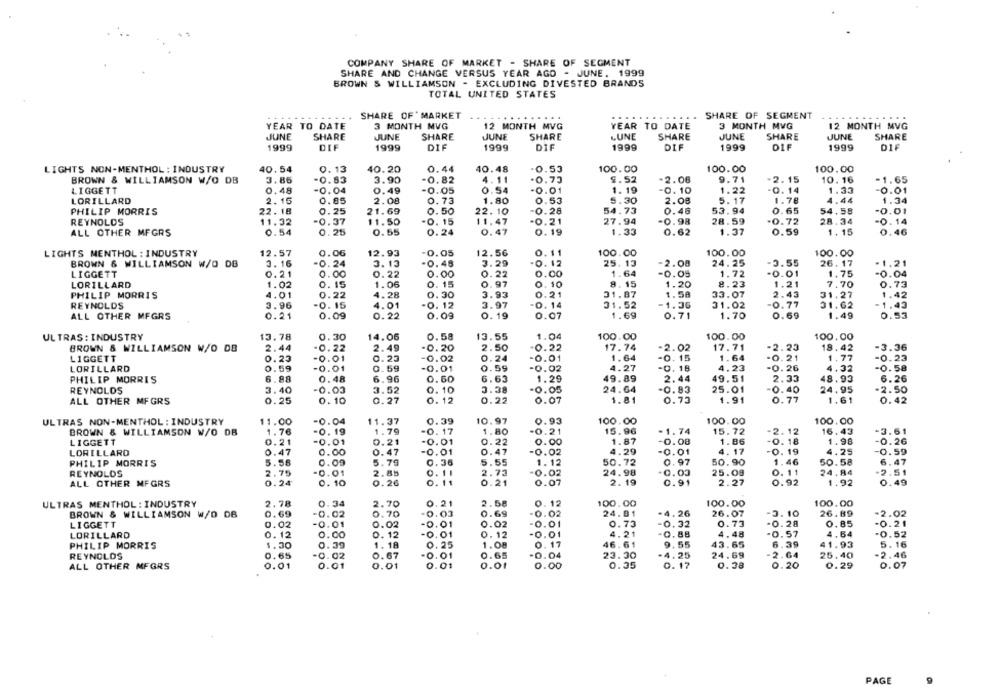
COMPANY SHARE OF MARKET - SHARE OF SEGMENT
SHARE AND CHANGE VERSUS YEAR AGO - JUNE, 1999
BROWN & WILLIAMSON - EXCLUDING DIVESTED BRANDS
TOTAL UNITED STATES
SHARE OF' MARKET
...
...
SHARE OF SEGMENT
YEAR TO DATE
3 MONTH MVG
YEAR TO DATE
3 MONTH MVG
12 MONTH MVG
12 MONTH MVG
JUNE
SHARE
JUNE
SHARE
JUNE
SHARE
LUNE
SHARE
JUNE
SHARE
JUNE
SHARE
1999
DIF
1999
DIF
1999
DIE
1999
DIF
1999
DIF
1999
DIF
LIGHTS NON-MENTHOL : INDUSTRY
40.54
0.13
40.20
0.44
40.48
0.53
100.00
100.00
100.00
BROWN & WILLIAMSON W/O DB
3.86
-0.83
3.90
-0.82
4.11
0.73
9.52
-2.06
9.71
-2.15
10. 16
1.65
LIGGETT
0.48
-0.04
0.49
-0.05
0.54
-0.01
1. 19
-0.10
1.22
-0. 14
1.33
0.01
LORILLARD
2.15
0.85
2.08
0.73
1.80
0.53
5.30
2.00
5.17
1.78
4.44
34
PHILIP MORRIS
22. 18
0.25
21.69
0.50
22. 10
-0.28
54.73
0.46
53.94
0.65
54.58
0
REYNOLDS
11.32
0.37
11.50
.0. 15
11.47
0.21
27.94
0.98
28.59
-0.72
28.34
0. 14
ALL OTHER MFGRS
0.54
0.25
0.55
0. 24
0.47
0.19
1.33
0.62
1.37
0.59
1. 15
0.46
LIGHTS MENTHOL : INDUSTRY
12.57
0.06
12.93
-0.05
12.56
0.
11
100.00
100.00
100.00
BROWN & WILLIAMSON W/O DB
3. 16
-0. 24
3. 13
-0. 48
3.29
25.13
-2.08
24.25
-3.55
26.17
.1.21
LIGGETT
0.21
0.00
0.22
0.00
0.22
O.
00
1.64
-0.05
1.72
-0.01
1.75
0.04
LORILLARD
1.02
0. 15
1.06
0. 15
0.97
0. 10
8.15
1.20
8.23
1.21
7.70
0.73
PHILIP MORRIS
4.01
0.22
4.28
0.30
3.93
0.21
31.87
1.58
33.07
2.43
31.27
1.42
REYNOLDS
3.96
-0. 15
4.01
.0. 12
3.97
0. 14
31.52
-1.3G
31.02
-0.77
31.62
1.43
PMON
ALL OTHER MFGRS
0.21
0.09
0.22
0.09
0. 19
COMMO
0.07
1.69
0.71
1.70
0.69
1.49
0.53
ULTRAS : INDUSTRY
13.78
0.30
14.06
0.58
13.55
1.04
100.00
100.00
100,00
0.22
-2.02
-2.23
BROWN & WILLIAMSON W/O DB
2.44
-0.22
2.49
-0.20
2.50
17.74
17.71
18.42
-3.36
LIGGETT
0.23
-0.01
0.23
-0.02
0.24
-0.01
1.64
-0. 15
1.64
-0.21
1.77
-0.23
LORILLARD
0.59
-0.01
0.59
-0.01
0.59
-0.02
4.27
4.23
-0.58
-0. 18
-0.26
4.32
PHILIP MORRIS
6.88
0.48
6.96
0.60
6.63
1.29
49.89
2.44
49.51
2.33
48.93
6.26
REYNOLDS
3.40
-0.03
3.52
0. 10
0.05
24.64
-0.83
25.01
-0.40
24.95
2.50
ALL OTHER MFGRS
0.25
0.10
0.27
0.12
0.22
0.07
1.81
0.73
1.91
0.77
1.61
0.42
ULTRAS NON-MENTHOL : INDUSTRY
11.00
-0.04
11.37
0.39
10.97
0.93
100.00
100.00
100.00
BROWN & WILLIAMSON W/O DB
1.76
-0. 19
1.79
-0. 17
1.80
0.21
15.96
-1.74
15.72
-2.12
16.43
-3.61
LIGGETT
0.21
-0.01
0.21
-0.01
0.22
0.00
1.87
-0.08
1. 86
-0. 18
1.98
-0.26
0.47
0.59
LORILLARD
0.47
0.00
0.47
-0.01
0.02
4.29
-0.01
4.17
-0. 19
4.25
PHILIP MORRIS
5.58
0.09
5.79
0.36
5.55
1.12
50.72
0.97
50.90
1.46
50.58
6.47
2.51
REYNOLDS
2.75
-0.01
2.85
0.11
2.73
0.02
24.98
0.03
25.08
0.11
24.84
ALL OTHER MFGRS
0.24
DOBNO
0.10
0.26
0.11
0.21
OOONO
0.07
2. 19
0.91
2.27
0.92
1.92
0.49
ULTRAS MENTHOL : INDUSTRY
2.78
0.34
2.70
0.21
2.58
0.12
100.00
100.00
100.00
0.69
24.81
26.07
BROWN & WILLIAMSON W/O DB
0.69
-0.02
0.70
-0.03
0.02
-4.26
-3.10
26.89
-2.02
LIGGETT
0.02
-0.01
0.02
-0.01
0.02
0.01
0.73
0.32
0.73
-0.28
0.85
-0.21
0. 12
4.21
-0.57
4,64
LORILLARD
0.00
0. 12
-0.01
0.12
0.01
0.88
4.48
-0.52
PHILIP MORRIS
1.30
0.39
1.18
0.25
1.08
0. 17
46.61
9.55
43.65
6.39
41.93
5.16
0.65
0.04
2.46
REYNOLDS
0.65
0.02
0.67
-0.01
23.30
4.25
24.69
-2.64
25.40
ALL OTHER MFGRS
0.01
0.01
0.01
0.01
0.01
0.00
0.35
0. 17
0.38
0.20
0.29
0.07
PAGE